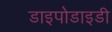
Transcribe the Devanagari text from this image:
डाइपोडाइडी